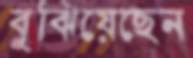
বুঝিয়েছেন